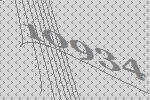
10934